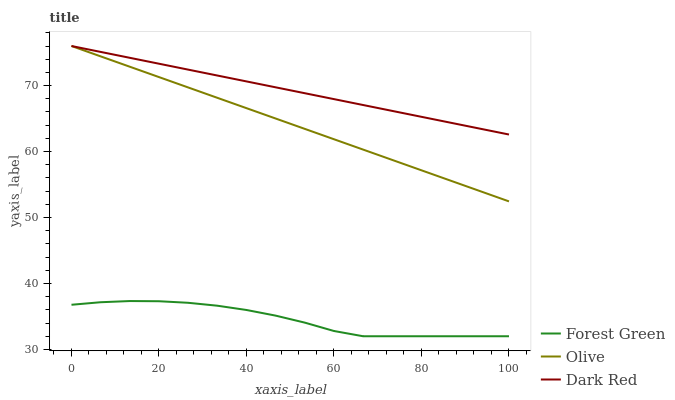
| xaxis_label | Forest Green | Olive | Dark Red |
 | --- | --- | --- | --- |
 | 0 | 36.8 | 76 | 76 |
 | 6.67 | 37.2 | 74.4 | 75.1 |
 | 13.3 | 37.3 | 72.9 | 74.2 |
 | 20 | 37.3 | 71.3 | 73.3 |
 | 26.7 | 37.1 | 69.7 | 72.4 |
 | 33.3 | 36.6 | 68.1 | 71.5 |
 | 40 | 36 | 66.6 | 70.6 |
 | 46.7 | 35.1 | 65 | 69.7 |
 | 53.3 | 34.1 | 63.4 | 68.8 |
 | 60 | 32.8 | 61.9 | 67.9 |
 | 66.7 | 32 | 60.3 | 67.1 |
 | 73.3 | 32 | 58.7 | 66.2 |
 | 80 | 32 | 57.2 | 65.3 |
 | 86.7 | 32 | 55.6 | 64.4 |
 | 93.3 | 32 | 54 | 63.5 |
 | 100 | 32 | 52.4 | 62.6 |